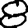
Digit: 8